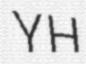
YH